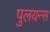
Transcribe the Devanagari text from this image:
पुलयन्स